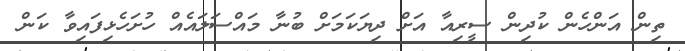
ތިން އަންހެން ކުދިން ސީރިއާ އަށް ދިޔަކަމަށް ބުނާ މައްސަލައެއް ހުށަހެޅިފައިވާ ކަން